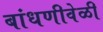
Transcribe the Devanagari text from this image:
बांधणीवेळी